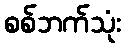
စစ်ဘက်သုံး